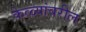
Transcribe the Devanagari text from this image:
केळ्यांवरील